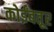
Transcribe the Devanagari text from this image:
कोईंबतूर